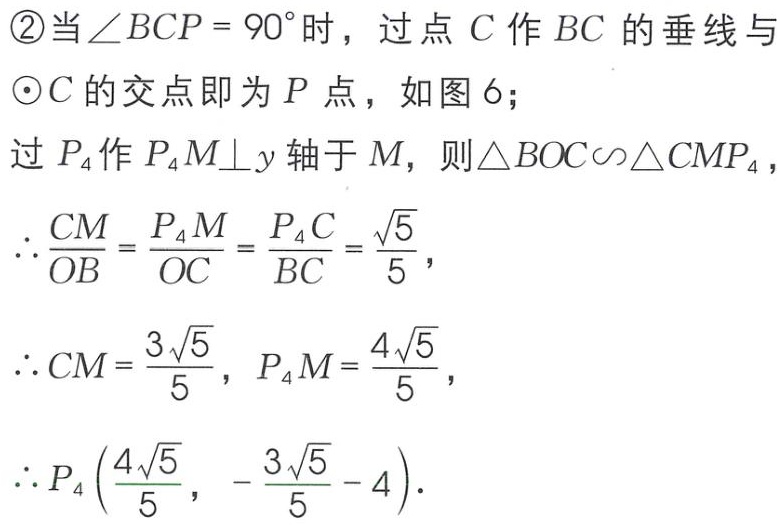
\textcircled{2}当\(\angle BCP = 90^{\circ}\)时，过点\(C\)作\(BC\)的垂线与\(\odot C\)的交点即为\(P\)点，如图\(6\)；

过\(P_{4}\)作\(P_{4}M\bot y\)轴于\(M\)，则\(\triangle BOC\sim\triangle CMP_{4}\)，

\(\therefore \frac{CM}{OB}=\frac{P_{4}M}{OC}=\frac{P_{4}C}{BC}=\frac{\sqrt{5}}{5}\)，

\(\therefore CM=\frac{3\sqrt{5}}{5}\)，\(P_{4}M=\frac{4\sqrt{5}}{5}\)，

\(\therefore P_{4}\left(\frac{4\sqrt{5}}{5},-\frac{3\sqrt{5}}{5}-4\right)\)．